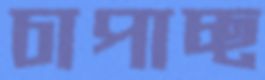
চাপাচ্ছ